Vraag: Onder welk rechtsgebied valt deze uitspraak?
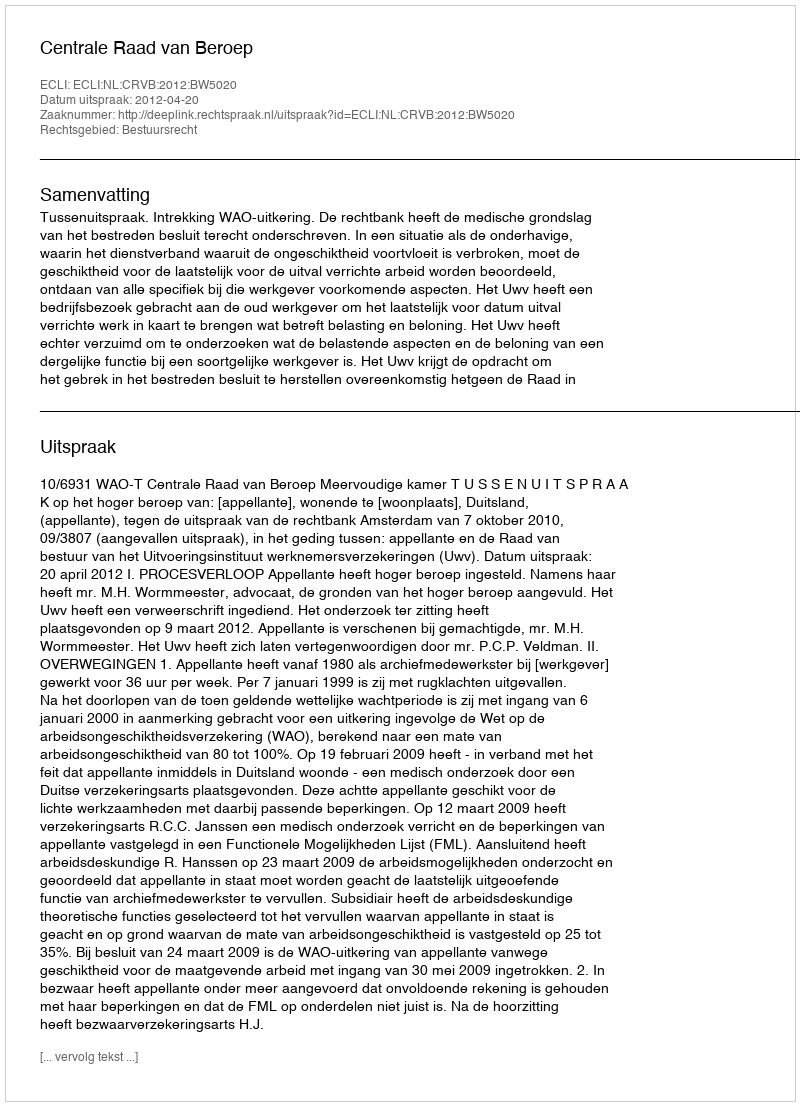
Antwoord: Bestuursrecht